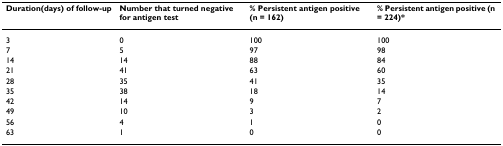
| Duration(days) of follow-up | Number that turned negative for antigen test | % Persistent antigen positive (n = 162) | % Persistent antigen positive (n = 224)* |
 | --- | --- | --- | --- |
 | 3 | 0 | 100 | 100 |
 | 7 | 5 | 97 | 98 |
 | 14 | 14 | 88 | 84 |
 | 21 | 41 | 63 | 60 |
 | 28 | 35 | 41 | 35 |
 | 35 | 38 | 18 | 14 |
 | 42 | 14 | 9 | 7 |
 | 49 | 10 | 3 | 2 |
 | 56 | 4 | 1 | 0 |
 | 63 | 1 | 0 | 0 |